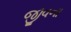
જીવના